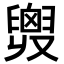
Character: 𦦒